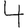
Digit: 4